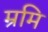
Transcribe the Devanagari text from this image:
म्रमि